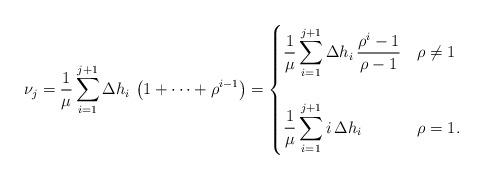
LaTeX: \begin{align*}\nu_j = \frac{1}{\mu} \sum_{i=1}^{j+1} \Delta h_i \, \left(1 + \cdots + \rho^{i-1}\right) = \begin{cases}\displaystyle \frac{1}{\mu} \sum_{i=1}^{j+1} \Delta h_i \, \frac{\rho^i -1}{\rho-1} & \rho \neq 1 \\ \\\displaystyle \frac{1}{\mu} \sum_{i=1}^{j+1} i \, \Delta h_i & \rho = 1.\end{cases}\end{align*}